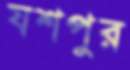
যশপুর